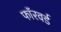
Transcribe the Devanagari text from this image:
फाॅरवर्ड